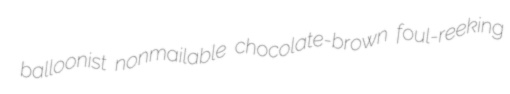
balloonist nonmailable chocolate-brown foul-reeking